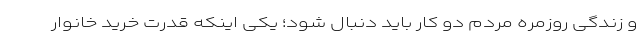
و زندگی روزمره مردم دو کار باید دنبال شود؛ یکی اینکه قدرت خرید خانوار